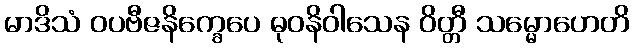
မာဒိသံ ဝပဗီဇနိက္ခေပေ ဓုဝနိဝါသေန ဝိတ္တီ သမ္မောဟေတိ